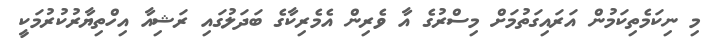
މި ނިކަމެތިކަމުން އަރައިގަތުމަށް މިސްރުގެ އާ ވެރިން އެމެރިކާގެ ބަދަލުގައި ރަޝިއާ އިހްތިޔާރުކުރުމަކީ